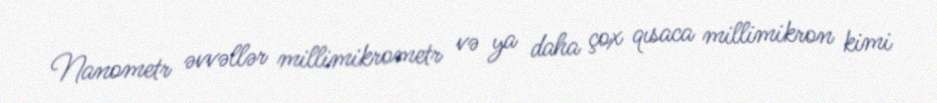
Nanometr əvvəllər millimikrometr və ya daha çox qısaca millimikron kimi